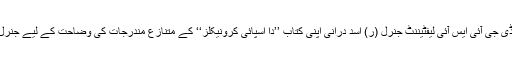
ایکسپریس نیوز کے مطابق سابق ڈی جی آئی ایس آئی لیفٹیننٹ جنرل (ر) اسد درانی اپنی کتاب ’’دا اسپائی کرونیکلز‘‘ کے متنازع مندرجات کی وضاحت کے لیے جنرل ہیڈ کوارٹرز راولپنڈی پیش ہوئے۔